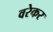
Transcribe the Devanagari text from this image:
वरेकर